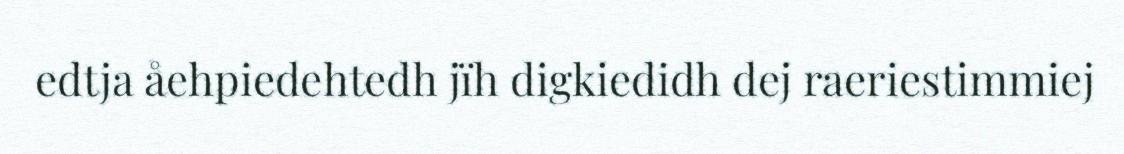
edtja åehpiedehtedh jïh digkiedidh dej raeriestimmiej